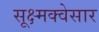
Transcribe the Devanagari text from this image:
सूक्ष्मक्वेसार